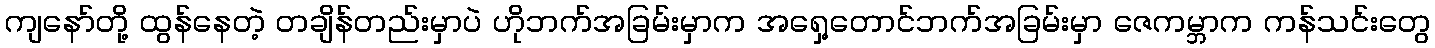
ကျနော်တို့ ထွန်နေတဲ့ တချိန်တည်းမှာပဲ ဟိုဘက်အခြမ်းမှာက အရှေ့တောင်ဘက်အခြမ်းမှာ ဇေကမ္ဘာက ကန်သင်းတွေ